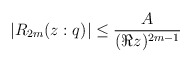
\begin{align*}|R_{2m}(z:q)| \leq \frac{A}{(\Re z)^{2m-1}} \end{align*}